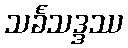
သင်္ခသဒ္ဒဿ